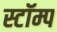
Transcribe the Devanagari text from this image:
स्टॉम्प